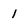
Character: 1